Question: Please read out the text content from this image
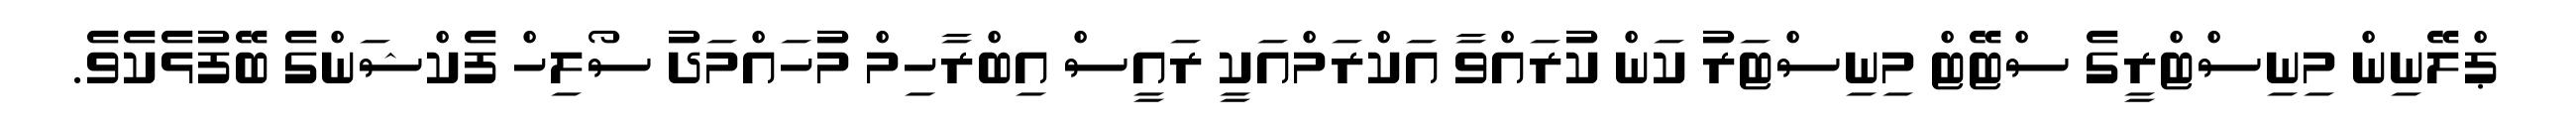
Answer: ޕްލޭނިން މިނިސްޓްރީގެ ސްޓޭޓް މިނިސްޓަރު ކަން ކުރައްވާ އަކްރަމްއަކީ ރައީސް އިބްރާހިމް މުހައްމަދު ސޯލިހް ފެކްޝަންގެ ބޭފުޅެކެވެ.